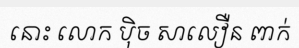
នោះ លោក ប៉ិច សាលឿន ពាក់